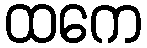
ထကေ